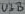
Text: U3B